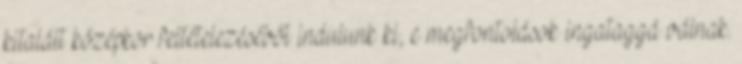
kitalált középkor feltételezéséből indulunk ki, e megfontolások ingataggá válnak.